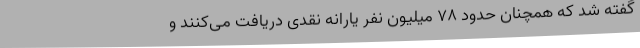
گفته شد که همچنان حدود 78 میلیون نفر یارانه نقدی دریافت می‌کنند و